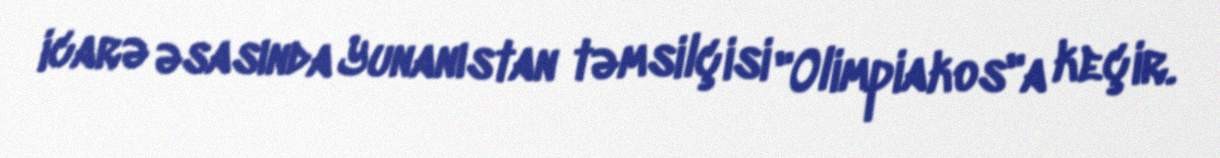
icarə əsasında Yunanıstan təmsilçisi "Olimpiakos"a keçir.